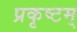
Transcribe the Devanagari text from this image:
प्रकृष्टम्